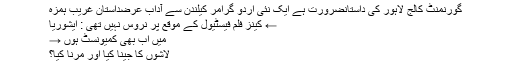
گورنمنٹ کالج لاہور کی داستانضرورت ہے ایک نئی اردو گرامر کیلندن سے آداب عرضداستانِ غریب ہمزہ
← کینز فلم فیسٹیول کے موقع پر نروس نہیں تھی : ایشوریا
میں اب بھی کمیونسٹ ہوں →
لاشوں کا جینا کیا اور مرنا کیا؟